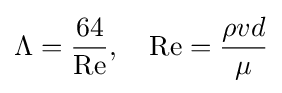
\Lambda ={\frac {64}{\mathrm {Re} }},\quad \mathrm {Re} ={\frac {\rho vd}{\mu }}